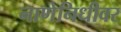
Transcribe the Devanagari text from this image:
नाणेनिधीवर